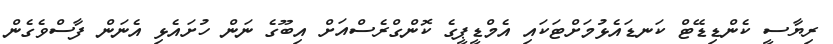
ރިޔާސީ ކެންޑިޑޭޓް ކަނޑައެޅުމަށްޓަކައި އެމްޑީޕީގެ ކޮންގްރެސްއަށް އިބޫގެ ނަން ހުށައެޅި އެނަން ފާސްވެގެން